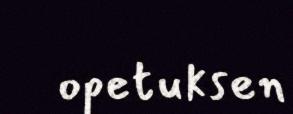
opetuksen